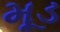
મૂડ